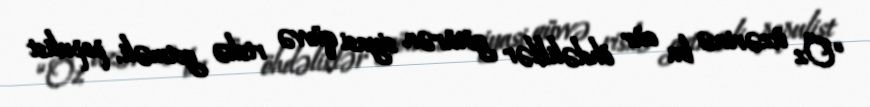
“Öz üzərinə bu cür öhdəliklər götürən siyasi qüvvə riskə getməli, populist